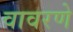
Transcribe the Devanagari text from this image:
वावरणे